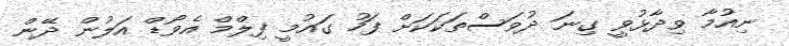
ނިއުމާ ވިދާޅުވީ ގިނަ ދުވަސްތަކަކަށް ފަހު ގައުމީ ފިލްމް އެވޯޑް އަލުން ދޭން